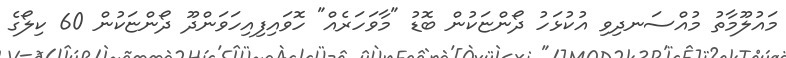
މައުލޫމާތު މުއްސަނދިވި އުކުޅަހު ދޯންޏަކުން ބޮޑު "މާވަހަރެއް" ހޮވައިފިއިހަވަންދޫ ދޯންޏަކުން 60 ކިލޯގެ